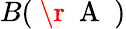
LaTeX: B(\mathrm{~\r~{~A~}~})